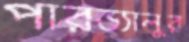
পারভ্যালুর